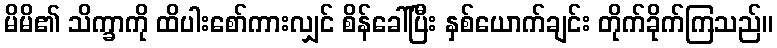
မိမိ၏ သိက္ခာကို ထိပါးစော်ကားလျှင် စိန်ခေါ်ပြီး နှစ်ယောက်ချင်း တိုက်ခိုက်ကြသည်။